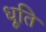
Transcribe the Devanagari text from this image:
धूति